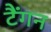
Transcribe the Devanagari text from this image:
टैंगन